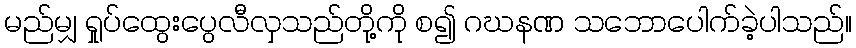
မည်မျှ ရှုပ်ထွေးပွေလီလှသည်တို့ကို စ၍ ဂဃနဏ သဘောပေါက်ခဲ့ပါသည်။